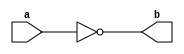
module NotGate(a,b) ;   // 1

output b ;
input a ;

nand(b,a,a) ;

endmodule 

module AndGate(a,b,c) ;  // 2 

output c ;
input a,b ;
wire x ;

nand(x,a,b);
nand(c,x,x) ;

endmodule 

module OrGate(a,b,c) ;  // 3 

output c ;
input a,b ;
wire x,y ;

nand(x,a,a) ;
nand(y,b,b) ;
nand(c,x,y) ;

endmodule 

module Mux2x1(a,b,s,c) ;  // 12

output c ;
input a,b,s ;
wire x,y,z ;

NotGate NG_1(s,z );
AndGate AG_1(a,z,x) ;
AndGate AG_2(b,s,y) ;
OrGate OG_1(x,y,c) ;

endmodule 

module Mux2x1_16(a,b,s,o) ;  // 14

output [15:0] o ;
input [15:0] a,b ;
input s ;

Mux2x1 M[15:0](a,b,s,o) ;

endmodule